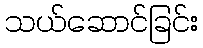
သယ်ဆောင်ခြင်း